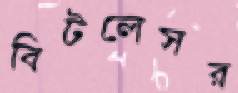
বিটলেসর